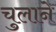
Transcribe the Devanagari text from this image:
चुलाने